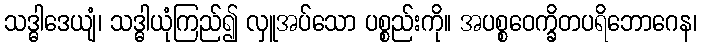
သဒ္ဓါဒေယျံ၊ သဒ္ဓါယုံကြည်၍ လှူအပ်သော ပစ္စည်းကို။ အပစ္စဝေက္ခိတပရိဘောဂေန၊